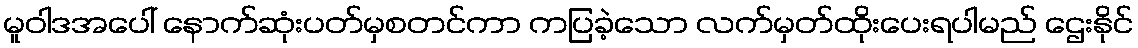
မူဝါဒအပေါ် နောက်ဆုံးပတ်မှစတင်ကာ ကပြခဲ့သော လက်မှတ်ထိုးပေးရပါမည် ဌေးနိုင်